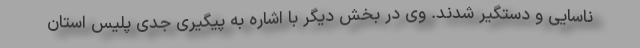
ناسایی و دستگیر شدند. وی در بخش دیگر با اشاره به پیگیری جدی پلیس استان